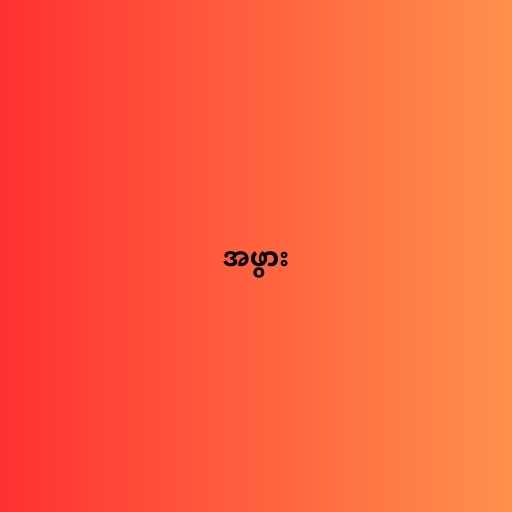
အဖွား